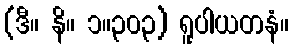
(ဒီ။ နိ။ ၁။၃၀၃) ရူပါယတနံ။